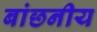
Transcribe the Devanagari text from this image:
बांछनीय